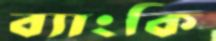
ব্যাংকি